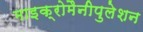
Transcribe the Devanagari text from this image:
माइक्रोमैनीपुलेशन